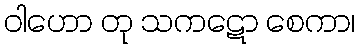
ဝါဟော တု သကဋော စေကာ၊